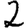
Digit: 2